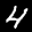
Label: 4